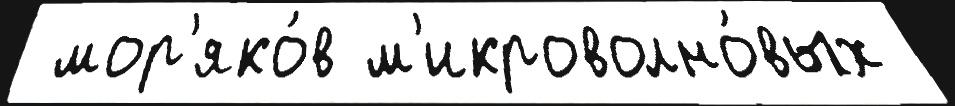
 мор'яко́в м'икроволно́вых